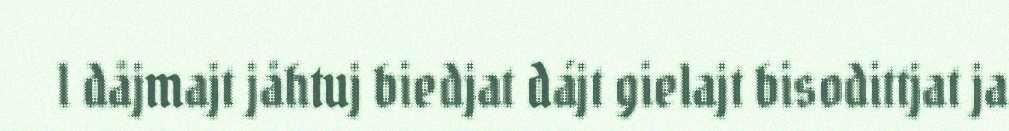
l dåjmajt jåhtuj biedjat dájt gielajt bisodittjat ja